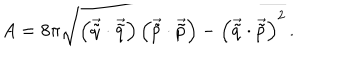
A = 8 \pi \sqrt { \left( \vec { \tilde { q } } \cdot \vec { \tilde { q } } \right) \left( \vec { \tilde { p } } \cdot \vec { \tilde { p } } \right) - \left( \vec { \tilde { q } } \cdot \vec { \tilde { p } } \right) ^ { 2 } } \, .